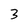
Character: 3